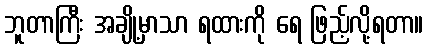
ဘူတာကြီး အချို့မှာသာ ရထားကို ရေ ဖြည့်လို့ရတာ။